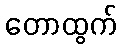
တောထွက်